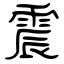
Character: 震